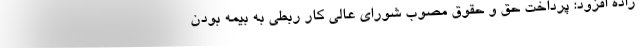
زاده افزود: پرداخت حق و حقوق مصوب شورای عالی کار ربطی به بیمه بودن